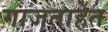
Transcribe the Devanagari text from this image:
गाजताहेत